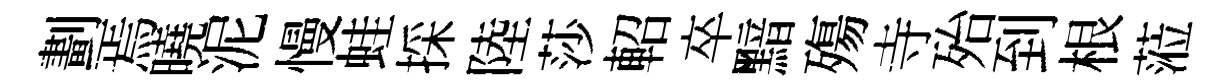
劃焉曉泥慢蛙採陸莎軺卒黯殤寺殆到根蒞